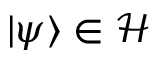
| \psi \rangle \in { \mathcal { H } }